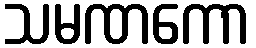
သမဏကော